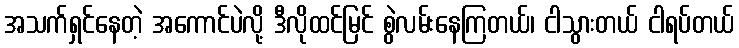
အသက်ရှင်နေတဲ့ အကောင်ပဲလို့ ဒီလိုထင်မြင် စွဲလမ်းနေကြတယ်၊ ငါသွားတယ် ငါရပ်တယ်